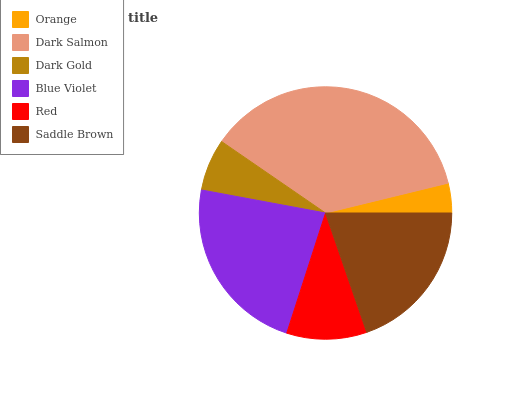
| Orange | Dark Salmon | Dark Gold | Blue Violet | Red | Saddle Brown |
 | --- | --- | --- | --- | --- | --- |
 | 3.8% | 36.6% | 6.67% | 22.9% | 10.3% | 19.7% |